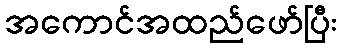
အကောင်အထည်ဖော်ပြီး